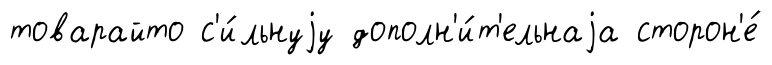
товарайто с'и́льнуjу дополн'и́т'ельнаjа сторон'е́